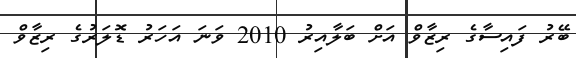
ބޭރު ފައިސާގެ ރިޒާވް އަށް ބަލާއިރު 2010 ވަނަ އަހަރު ޑޮލަރުގެ ރިޒާވް